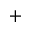
+